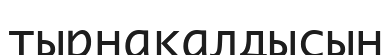
тырнақалдысын